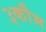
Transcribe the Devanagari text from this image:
३कौम